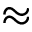
\approx